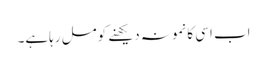
اب اسی کانمونہ دیکھنے کومل رہاہے۔